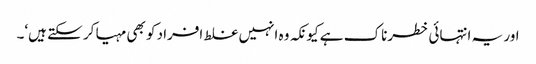
اور یہ انتہائی خطرناک ہے کیونکہ وہ انہیں غلط افراد کو بھی مہیا کر سکتے ہیں‘۔